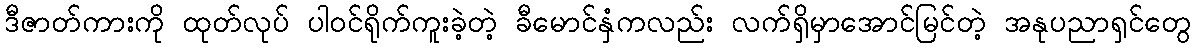
ဒီဇာတ်ကားကို ထုတ်လုပ် ပါဝင်ရိုက်ကူးခဲ့တဲ့ ခီမောင်နှံကလည်း လက်ရှိမှာအောင်မြင်တဲ့ အနုပညာရှင်တွေ